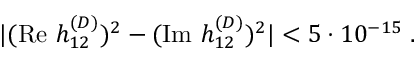
| ( \mathrm { R e } ~ h _ { 1 2 } ^ { ( D ) } ) ^ { 2 } - ( \mathrm { I m } ~ h _ { 1 2 } ^ { ( D ) } ) ^ { 2 } | < 5 \cdot 1 0 ^ { - 1 5 } \; .